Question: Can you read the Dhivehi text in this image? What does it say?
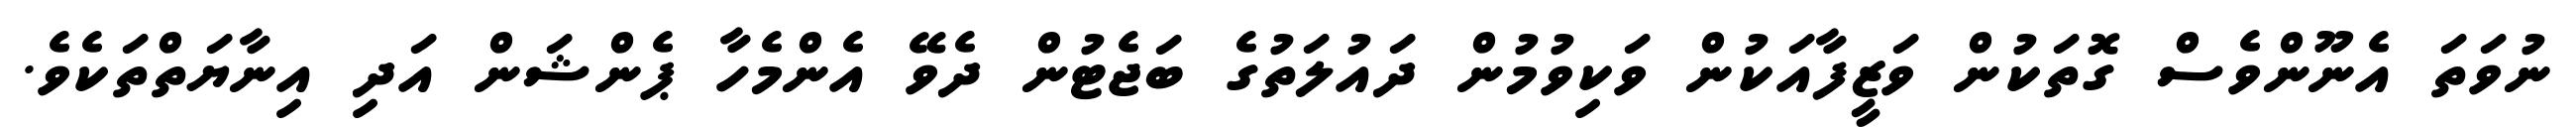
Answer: ނުވަތަ އެނޫންވެސް ގޮތަކުން ވަޒީފާއަކުން ވަކިވުމުން ދައުލަތުގެ ބަޖެޓުން ދެވޭ އެންމެހާ ޕެންޝަން އަދި އިނާޔަތްތަކެވެ.